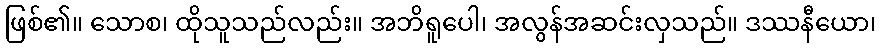
ဖြစ်၏။ သောစ၊ ထိုသူသည်လည်း။ အဘိရူပေါ၊ အလွန်အဆင်းလှသည်။ ဒဿနီယော၊